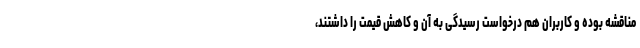
مناقشه بوده و کاربران هم درخواست رسیدگی به آن و کاهش قیمت را داشتند،